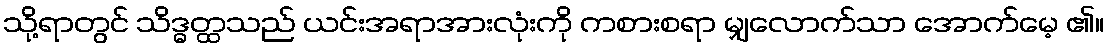
သို့ရာတွင် သိဒ္ဓတ္ထသည် ယင်းအရာအားလုံးကို ကစားစရာ မျှလောက်သာ အောက်မေ့ ၏။